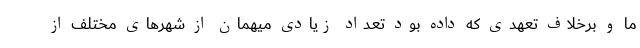
ما و برخلاف تعهدی که داده بود تعداد زیادی میهمان از شهرهای مختلف از